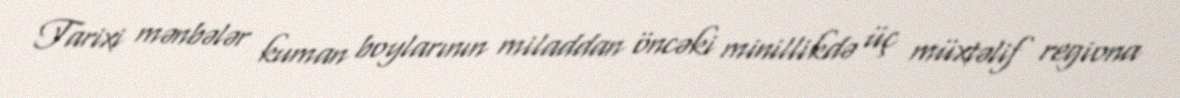
Tarixi mənbələr kuman boylarının miladdan öncəki minillikdə üç müxtəlif regiona